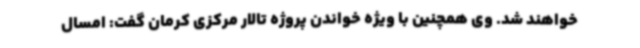
خواهند شد. وی همچنین با ویژه خواندن پروژه تالار مرکزی کرمان گفت: امسال